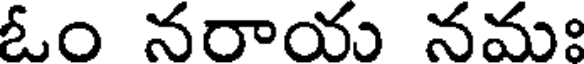
ఓం నరాయ నమః